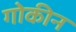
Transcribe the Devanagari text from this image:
गोकीन